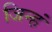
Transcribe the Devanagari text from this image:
जिन्हं